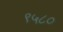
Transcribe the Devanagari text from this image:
९५८०